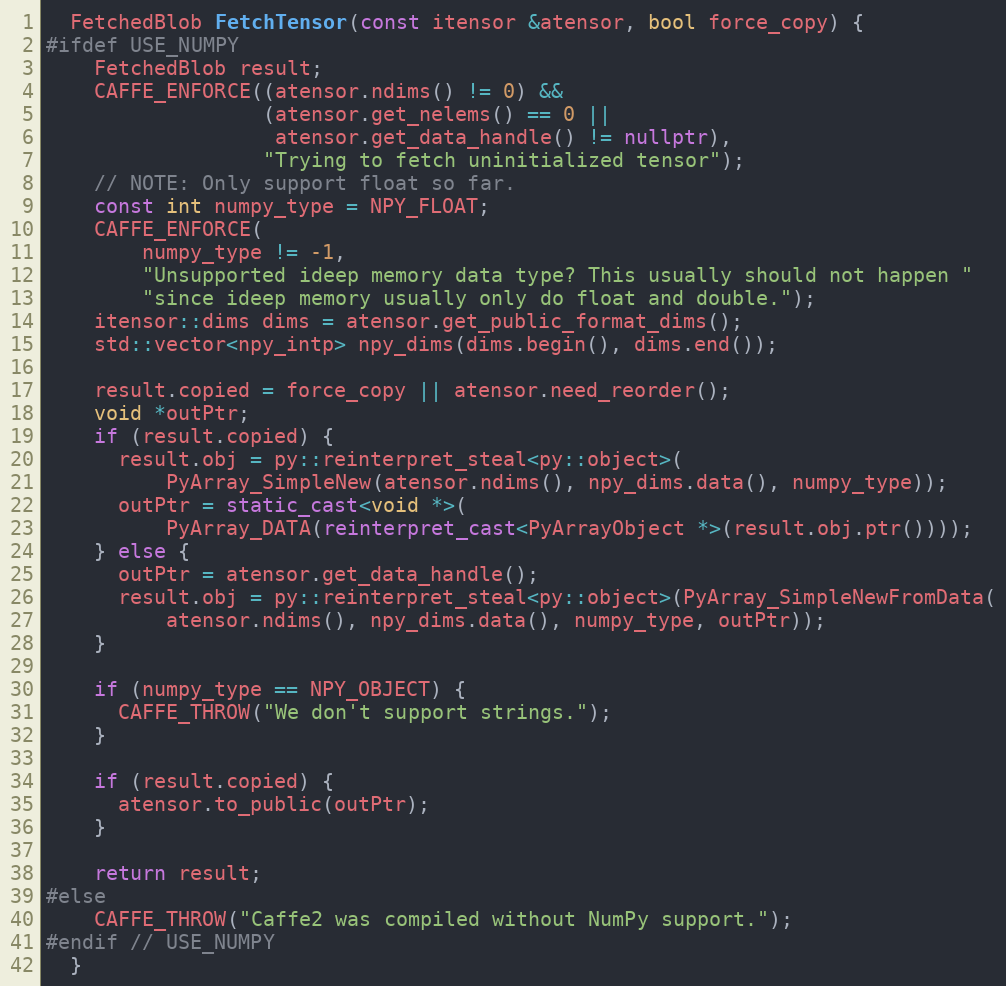
Language: C++
  FetchedBlob FetchTensor(const itensor &atensor, bool force_copy) {
#ifdef USE_NUMPY
    FetchedBlob result;
    CAFFE_ENFORCE((atensor.ndims() != 0) &&
                  (atensor.get_nelems() == 0 ||
                   atensor.get_data_handle() != nullptr),
                  "Trying to fetch uninitialized tensor");
    // NOTE: Only support float so far.
    const int numpy_type = NPY_FLOAT;
    CAFFE_ENFORCE(
        numpy_type != -1,
        "Unsupported ideep memory data type? This usually should not happen "
        "since ideep memory usually only do float and double.");
    itensor::dims dims = atensor.get_public_format_dims();
    std::vector<npy_intp> npy_dims(dims.begin(), dims.end());

    result.copied = force_copy || atensor.need_reorder();
    void *outPtr;
    if (result.copied) {
      result.obj = py::reinterpret_steal<py::object>(
          PyArray_SimpleNew(atensor.ndims(), npy_dims.data(), numpy_type));
      outPtr = static_cast<void *>(
          PyArray_DATA(reinterpret_cast<PyArrayObject *>(result.obj.ptr())));
    } else {
      outPtr = atensor.get_data_handle();
      result.obj = py::reinterpret_steal<py::object>(PyArray_SimpleNewFromData(
          atensor.ndims(), npy_dims.data(), numpy_type, outPtr));
    }

    if (numpy_type == NPY_OBJECT) {
      CAFFE_THROW("We don't support strings.");
    }

    if (result.copied) {
      atensor.to_public(outPtr);
    }

    return result;
#else
    CAFFE_THROW("Caffe2 was compiled without NumPy support.");
#endif // USE_NUMPY
  }